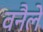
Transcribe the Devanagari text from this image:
वनैले